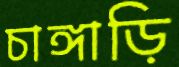
চাঙ্গাড়ি